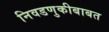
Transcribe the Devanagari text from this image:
निवडणुकीबाबत